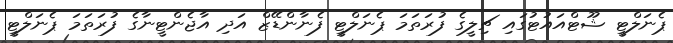
ޕެނަލްޓީ ޝޫޓްއައުޓުގައި ޗިލީގެ ފުރަތަމަ ޕެނަލްޓީ ފެނާންޑޭޒް އަދި އާޖެންޓީނާގެ ފުރަތަމަ ޕެނަލްޓީ